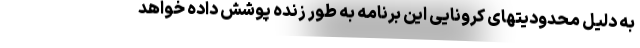
به دلیل محدودیتهای کرونایی این برنامه به طور زنده پوشش داده خواهد